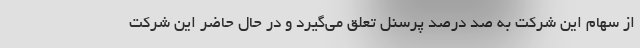
از سهام این شرکت به صد درصد پرسنل تعلق می‌گیرد و در حال حاضر این شرکت